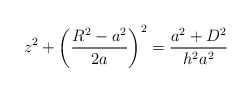
\begin{align*}z^2+\bigg(\frac{R^2-a^2}{2a}\bigg)^2=\frac{a^2+D^2}{h^2a^2}\end{align*}